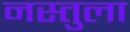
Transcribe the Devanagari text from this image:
नस्तुला